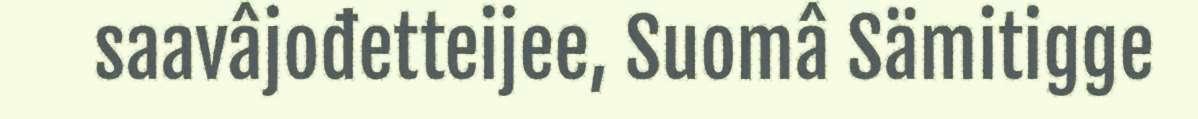
saavâjođetteijee, Suomâ Sämitigge